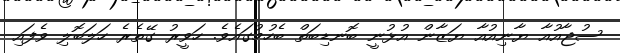
ސުޖާއުއާ ޔާނިއުއާ ޔަޒާން އުޅުނީ ބޮނޑިބަތް ބެހުމުގައެވެ. ހަވީރު ގޭތެރެ ހަލަބޮލި ވެފައި